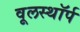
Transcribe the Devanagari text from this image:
वूलस्थॉर्प